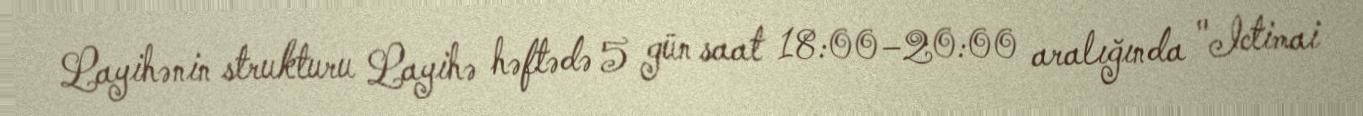
Layihənin strukturu Layihə həftədə 5 gün saat 18:00–20:00 aralığında "Ictimai